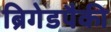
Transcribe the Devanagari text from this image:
ब्रिगेडपैकी